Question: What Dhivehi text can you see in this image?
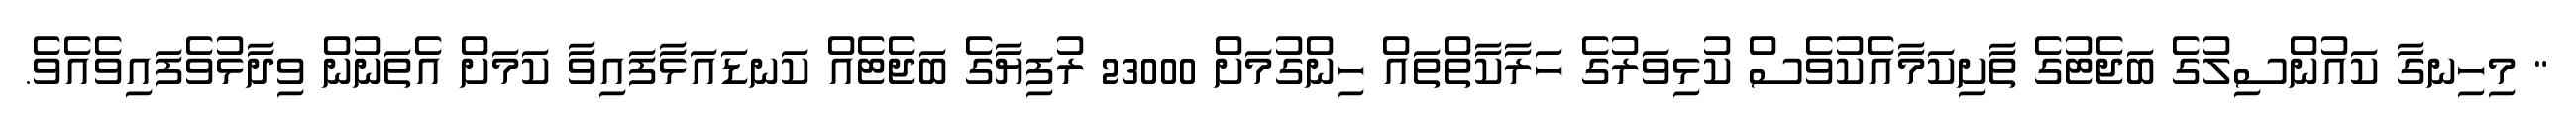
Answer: " މިހިނގާ ކައުންސިލުގެ ބަޖެޓުގެ ތާށިކަމާއެކުވެސް ކުޅިވަރުގެ ހަރާކާތްތައް ހިންގުމަށް 23000 ރުފިޔާގެ ބަޖެޓެއް ކަނޑައަޅާފައިވާ ކަމަށް އެތަނުން ވިދާޅުވެފައިވެއެވެ.